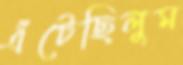
এঁটেছিলুম